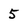
Character: 5